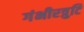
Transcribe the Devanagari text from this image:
गंभीरत्रुटि